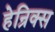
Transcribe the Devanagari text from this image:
हेन्रिक्स